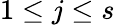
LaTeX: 1\leq j\leq s